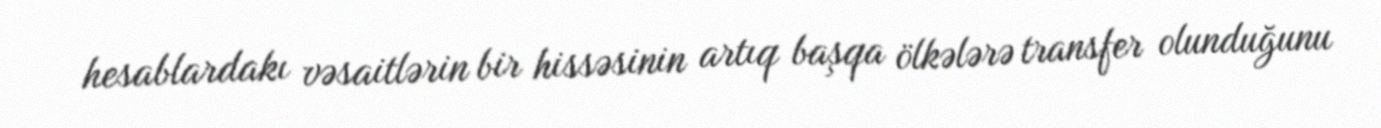
hesablardakı vəsaitlərin bir hissəsinin artıq başqa ölkələrə transfer olunduğunu